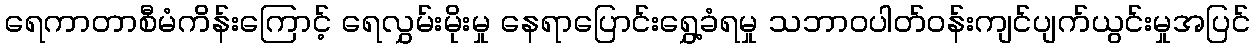
ရေကာတာစီမံကိန်းကြောင့် ရေလွှမ်းမိုးမှု နေရာပြောင်းရွှေ့ခံရမှု သဘာဝပါတ်ဝန်းကျင်ပျက်ယွင်းမှုအပြင်